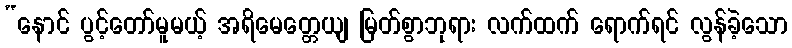
“နောင် ပွင့်တော်မူမယ့် အရိမေတ္တေယျ မြတ်စွာဘုရား လက်ထက် ရောက်ရင် လွန်ခဲ့သော